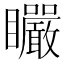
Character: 𥍓